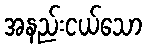
အနည်းငယ်သော